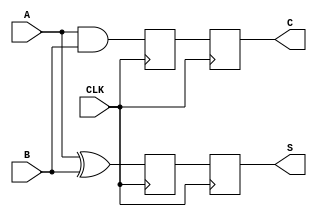
module sequential_half_adder (
    input wire A,       // First input bit
    input wire B,       // Second input bit
    input wire CLK,     // Clock signal
    output reg S,       // Sum output
    output reg C        // Carry output
);

// Registers to hold current sum and carry
reg sum_reg;          // Register for sum
reg carry_reg;        // Register for carry

// Initialize on reset
initial begin
    sum_reg = 1'b0;   // Initialize sum_reg to 0
    carry_reg = 1'b0; // Initialize carry_reg to 0
end

// Sequential behavior on rising edge of CLK
always @(posedge CLK) begin
    // Compute new sum and carry
    sum_reg <= A ^ B;  // S_new = A XOR B
    carry_reg <= A & B; // C_new = A AND B
end

// Assign outputs
always @(posedge CLK) begin
    S <= sum_reg;      // Update sum output
    C <= carry_reg;    // Update carry output
end

endmodule